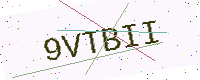
Text: 9VTBII